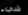
شيء